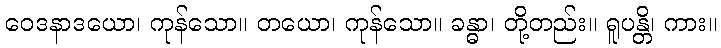
ဝေဒနာဒယော၊ ကုန်သော။ တယော၊ ကုန်သော။ ခန္ဓာ၊ တို့တည်း။ ရူပန္တိ၊ ကား။